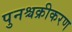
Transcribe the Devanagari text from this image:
पुनश्चक्रीकरण